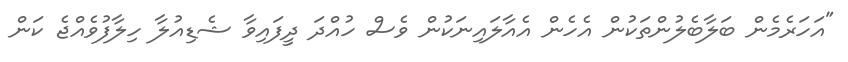
"އަހަރެމެން ބަލާބެލުންތަކުން އެހެން އެއާލައިނަކުން ވެސް ހުއްދަ ދީފައިވާ ޝެޑިއުލާ ހިލާފުވެއްޖެ ކަން